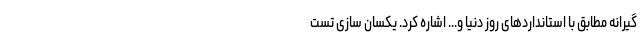
گیرانه مطابق با استانداردهای روز دنیا و... اشاره کرد. یکسان سازی تست